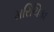
મરિચિકા